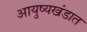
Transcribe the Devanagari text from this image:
आयुष्यखंडात